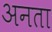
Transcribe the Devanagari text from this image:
अनता